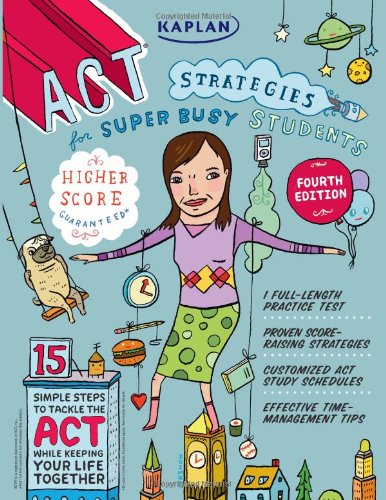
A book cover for Kaplan ACT Strategies for Super Busy Students: 15 Simple Steps to Tackle the ACT While Keeping Your Life Together (Kaplan Test Prep); Kaplan; Test Preparation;